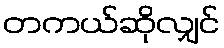
တကယ်ဆိုလျှင်